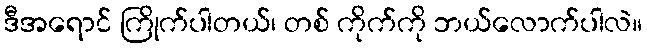
ဒီအရောင် ကြိုက်ပါတယ်၊ တစ် ကိုက်ကို ဘယ်လောက်ပါလဲ။